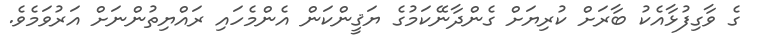
ގެ ވާގިފުޅާއެކު ބާރަށް ކުރިޔަށް ގެންދާނޭކަމުގެ ޔަޤީންކަން އެންމެހައި ރައްޔިތުންނަށް އަރުވަމެވެ.